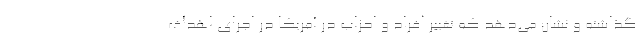
گذاشته و نشان می‌دهد که تغییر افراد و احزاب در آمریکا در اجرای اهداف